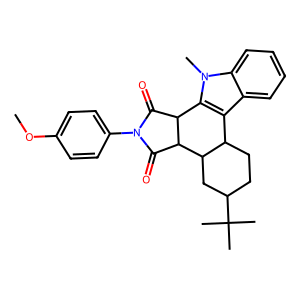
SMILES: COc1ccc(N2C(=O)C3c4c(c5ccccc5n4C)C4CCC(C(C)(C)C)CC4C3C2=O)cc1
Inhibits HIV replication: No